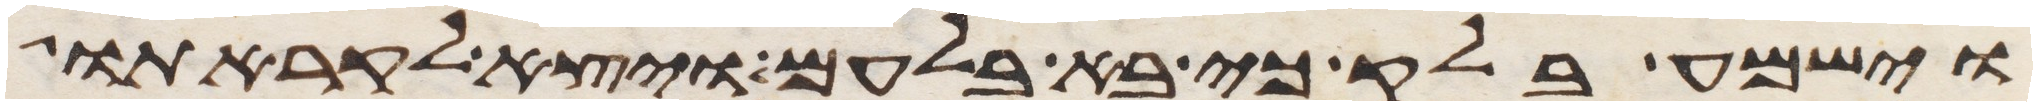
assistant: וישמע בלק כי בא בלעם ויצא לקראתו